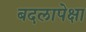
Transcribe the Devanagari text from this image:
बदलापेक्षा